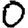
Digit: 0